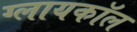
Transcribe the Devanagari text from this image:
ग्लायकॉल